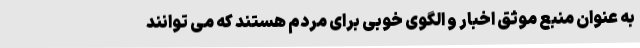
به عنوان منبع موثق اخبار و الگوی خوبی برای مردم هستند که می توانند